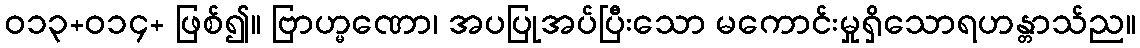
ဝ၁၃+၀၁၄+ ဖြစ်၍။ ဗြာဟ္မဏော၊ အပပြုအပ်ပြီးသော မကောင်းမှုရှိသောရဟန္တာသ်ည။